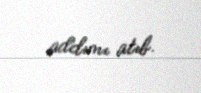
addımı atıb.